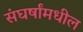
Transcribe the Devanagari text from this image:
संघर्षांमधील